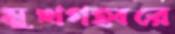
মুখগহ্বরে